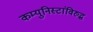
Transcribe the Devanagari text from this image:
कम्युनिस्टांविरुद्ध